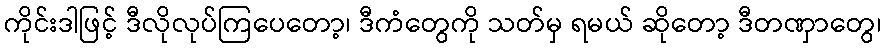
ကိုင်းဒါဖြင့် ဒီလိုလုပ်ကြပေတော့၊ ဒီကံတွေကို သတ်မှ ရမယ် ဆိုတော့ ဒီတဏှာတွေ၊